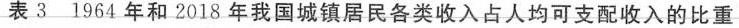
表3 1964年和2018年我国城镇居民各类收入占人均可支配收入的比重